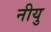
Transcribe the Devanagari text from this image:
नीयु